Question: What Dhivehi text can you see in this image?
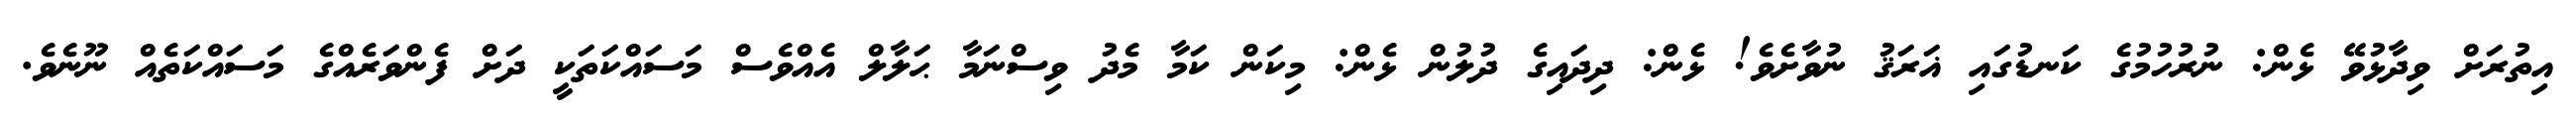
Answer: އިތުރަށް ވިދާޅުވޭ ޅެން: ނުރުހުމުގެ ކަނޑުގައި ޣަރަޤު ނުވާށެވެ! ޅެން: ދިދައިގެ ދުލުން ޅެން: މިކަން ކަމާ މެދު ވިސްނަމާ ޙަލާލް އެއްވެސް މަސައްކަތަކީ ދަށް ފެންވަރެއްގެ މަސައްކަތެއް ނޫނެވެ.